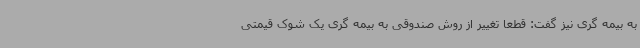
به بیمه گری نیز گفت: قطعا تغییر از روش صندوقی به بیمه گری یک شوک قیمتی